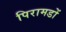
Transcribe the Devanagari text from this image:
पिरामडों